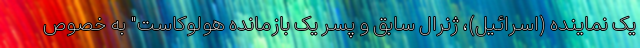
یک نماینده (اسرائیل)، ژنرال سابق و پسر یک بازمانده هولوکاست" به خصوص